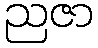
ညဇာ